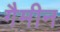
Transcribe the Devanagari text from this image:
गैमीन